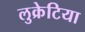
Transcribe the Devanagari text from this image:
लुक्रेटिया